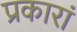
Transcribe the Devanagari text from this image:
प्रकारां